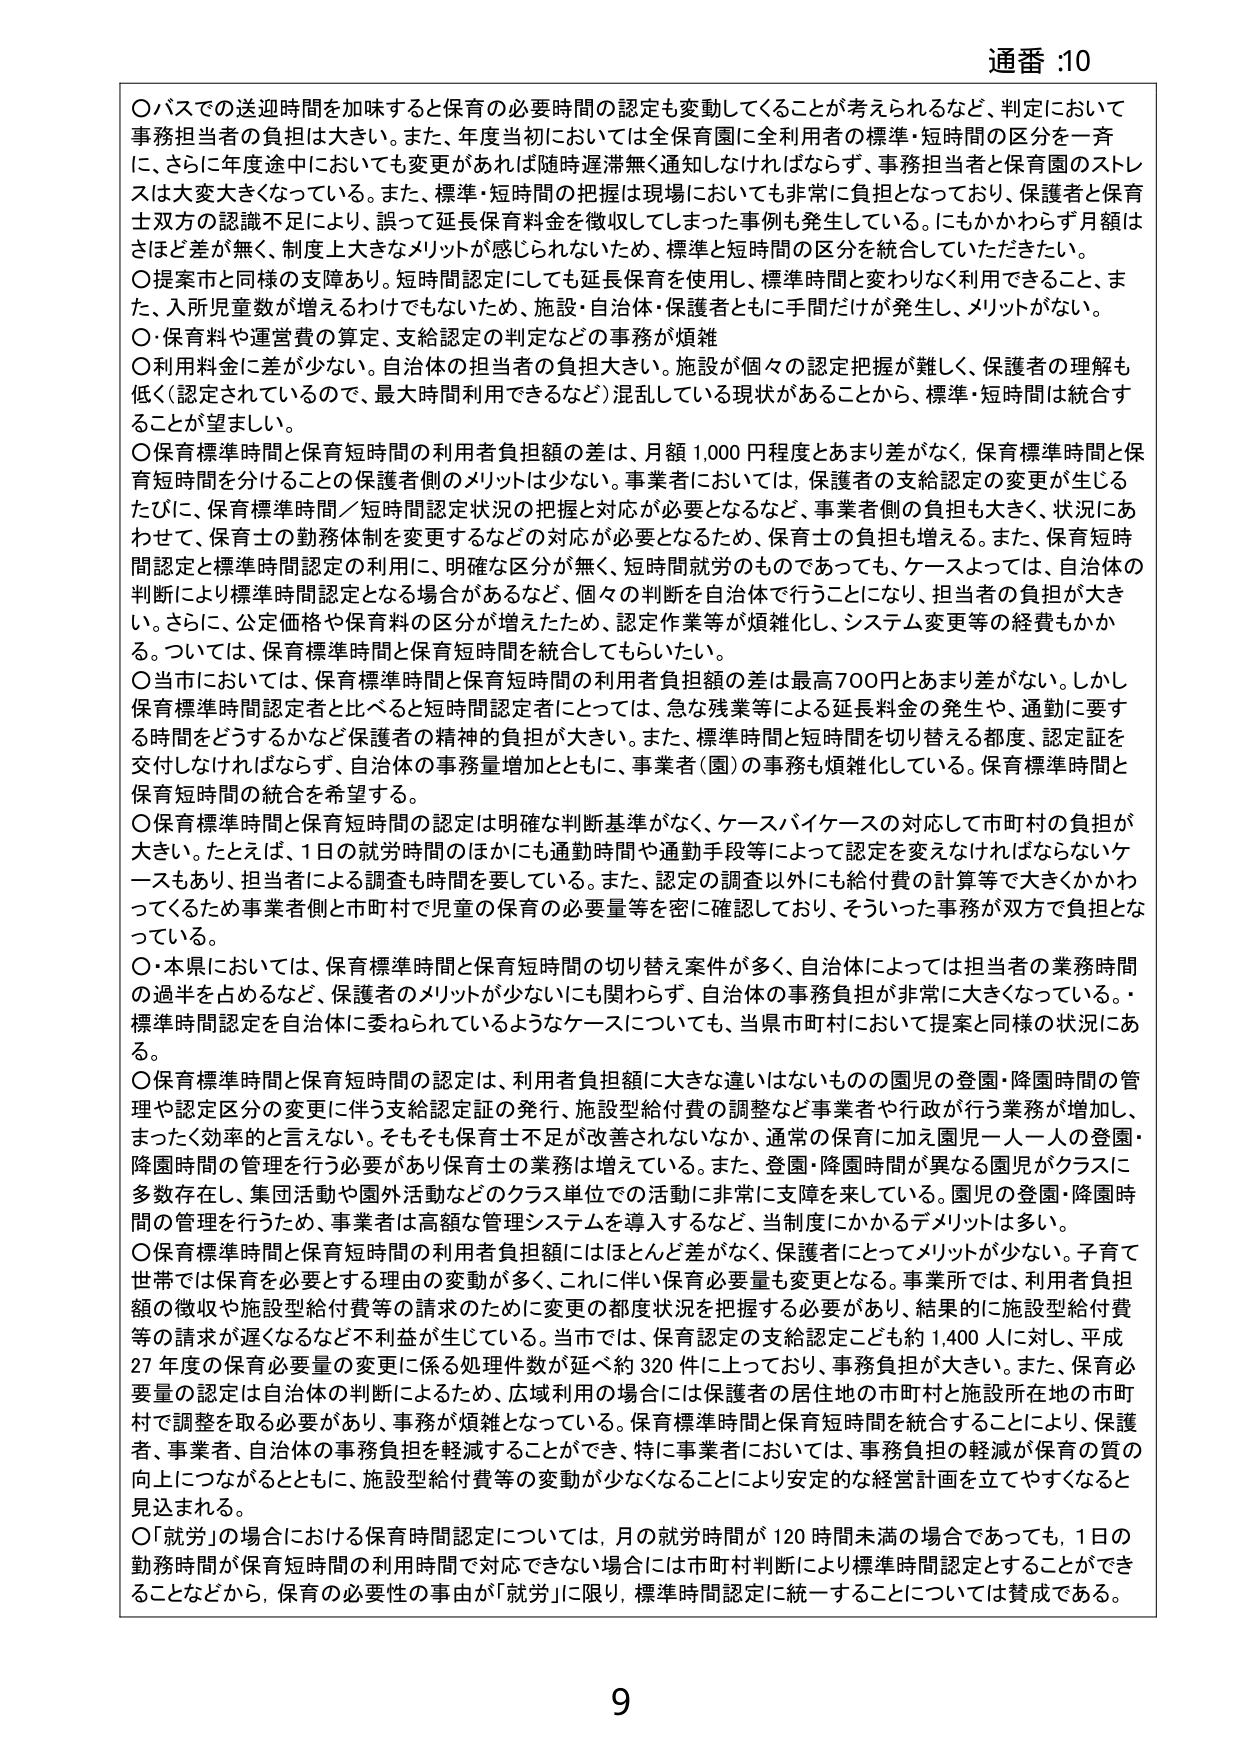
通番 :10

○バスでの送迎時間を加味すると保育の必要時間の認定も変動してくることが考えられるなど、判定において事務担当者の負担は大きい。また、年度当初においては全保育園に全利用者の標準・短時間の区分を一斉に、さらに年度途中においても変更があれば随時遅滞無く通知しなければならず、事務担当者と保育園のストレスは大変大きくなっている。また、標準・短時間の把握は現場においても非常に負担となっており、保護者と保育士双方の認識不足により、誤って延長保育料金を徴収してしまった事例も発生している。にもかかわらず月額はさほど差が無く、制度上大きなメリットが感じられないため、標準と短時間の区分を統合していただきたい。

○提案市と同様の支障あり。短時間認定にしても延長保育を使用し、標準時間と変わりなく利用できること、また、入所児童数が増えるわけでもないため、施設・自治体・保護者ともに手間だけが発生し、メリットがない。

○・保育料や運営費の算定、支給認定の判定などの事務が煩雑

○利用料金に差が少ない。自治体の担当者の負担大きい。施設が個々の認定把握が難しく、保護者の理解も低く（認定されているので、最大時間利用できるなど）混乱している現状があることから、標準・短時間は統合することが望ましい。

○保育標準時間と保育短時間の利用者負担額の差は、月額1,000円程度とあまり差がなく、保育標準時間と保育短時間を分けることの保護者側のメリットは少ない。事業者においては、保護者の支給認定の変更が生じるたびに、保育標準時間／短時間認定状況の把握と対応が必要となるなど、事業者側の負担も大きく、状況にあわせて、保育士の勤務体制を変更するなどの対応が必要となるため、保育士の負担も増える。また、保育短時間認定と標準時間認定の利用に、明確な区分が無く、短時間就労のものであっても、ケースよっては、自治体の判断により標準時間認定となる場合があるなど、個々の判断を自治体で行うことになり、担当者の負担が大きい。さらに、公定価格や保育料の区分が増えたため、認定作業等が煩雑化し、システム変更等の経費もかかる。ついては、保育標準時間と保育短時間を統合してもらいたい。

○当市においては、保育標準時間と保育短時間の利用者負担額の差は最高700円とあまり差がない。しかし保育標準時間認定者と比べると短時間認定者にとっては、急な残業等による延長料金の発生や、通勤に要する時間をどうするかなど保護者の精神的負担が大きい。また、標準時間と短時間を切り替える都度、認定証を交付しなければならず、自治体の事務量増加とともに、事業者（園）の事務も煩雑化している。保育標準時間と保育短時間の統合を希望する。

○保育標準時間と保育短時間の認定は明確な判断基準がなく、ケースバイケースの対応して市町村の負担が大きい。たとえば、1日の就労時間のほかにも通勤時間や通勤手段等によって認定を変えなければならないケースもあり、担当者による調査も時間を要している。また、認定の調査以外にも給付費の計算等で大きくかかわってくるため事業者側と市町村で児童の保育の必要量等を密に確認しており、そういった事務が双方で負担となっている。

○・本県においては、保育標準時間と保育短時間の切り替え案件が多く、自治体によっては担当者の業務時間の過半を占めるなど、保護者のメリットが少ないにも関わらず、自治体の事務負担が非常に大きくなっている。・標準時間認定を自治体に委ねられているようなケースについても、当県市町村において提案と同様の状況にある。

○保育標準時間と保育短時間の認定は、利用者負担額に大きな違いはないものの園児の登園・降園時間の管理や認定区分の変更に伴う支給認定証の発行、施設型給付費の調整など事業者や行政が行う業務が増加し、まったく効率的と言えない。そもそも保育士不足が改善されないなか、通常の保育に加え園児一人一人の登園・降園時間の管理を行う必要があり保育士の業務は増えている。また、登園・降園時間が異なる園児がクラスに多数存在し、集団活動や園外活動などのクラス単位での活動に非常に支障を来している。園児の登園・降園時間の管理を行うため、事業者は高額な管理システムを導入するなど、当制度にかかるデメリットは多い。

○保育標準時間と保育短時間の利用者負担額にはほとんど差がなく、保護者にとってメリットが少ない。子育て世帯では保育を必要とする理由の変動が多く、これに伴い保育必要量も変更となる。事業所では、利用者負担額の徴収や施設型給付費等の請求のために変更の都度状況を把握する必要があり、結果的に施設型給付費等の請求が遅くなるなど不利益が生じている。当市では、保育認定の支給認定ごと約1400人に対し、平成27年度の保育必要量の変更に係る処理件数が延べ約320件に上っており、事務負担が大きい。また、保育必要量の認定は自治体の判断によるため、広域利用の場合には保護者の居住地の市町村と施設所在地の市町村で調整を取る必要があり、事務が煩雑となっている。保育標準時間と保育短時間を統合することにより、保護者、事業者、自治体の事務負担を軽減することができ、特に事業者においては、事務負担の軽減が保育の質の向上につながるとともに、施設型給付費等の変動が少なくなることにより安定的な経営計画を立てやすくなると見込まれる。

○「就労」の場合における保育時間認定については、月の就労時間が120時間未満の場合であっても、1日の勤務時間が保育短時間の利用時間で対応できない場合には市町村判断により標準時間認定とすることができるなどから、保育の必要性の事由が「就労」に限り、標準時間認定に統一することについては賛成である。

9